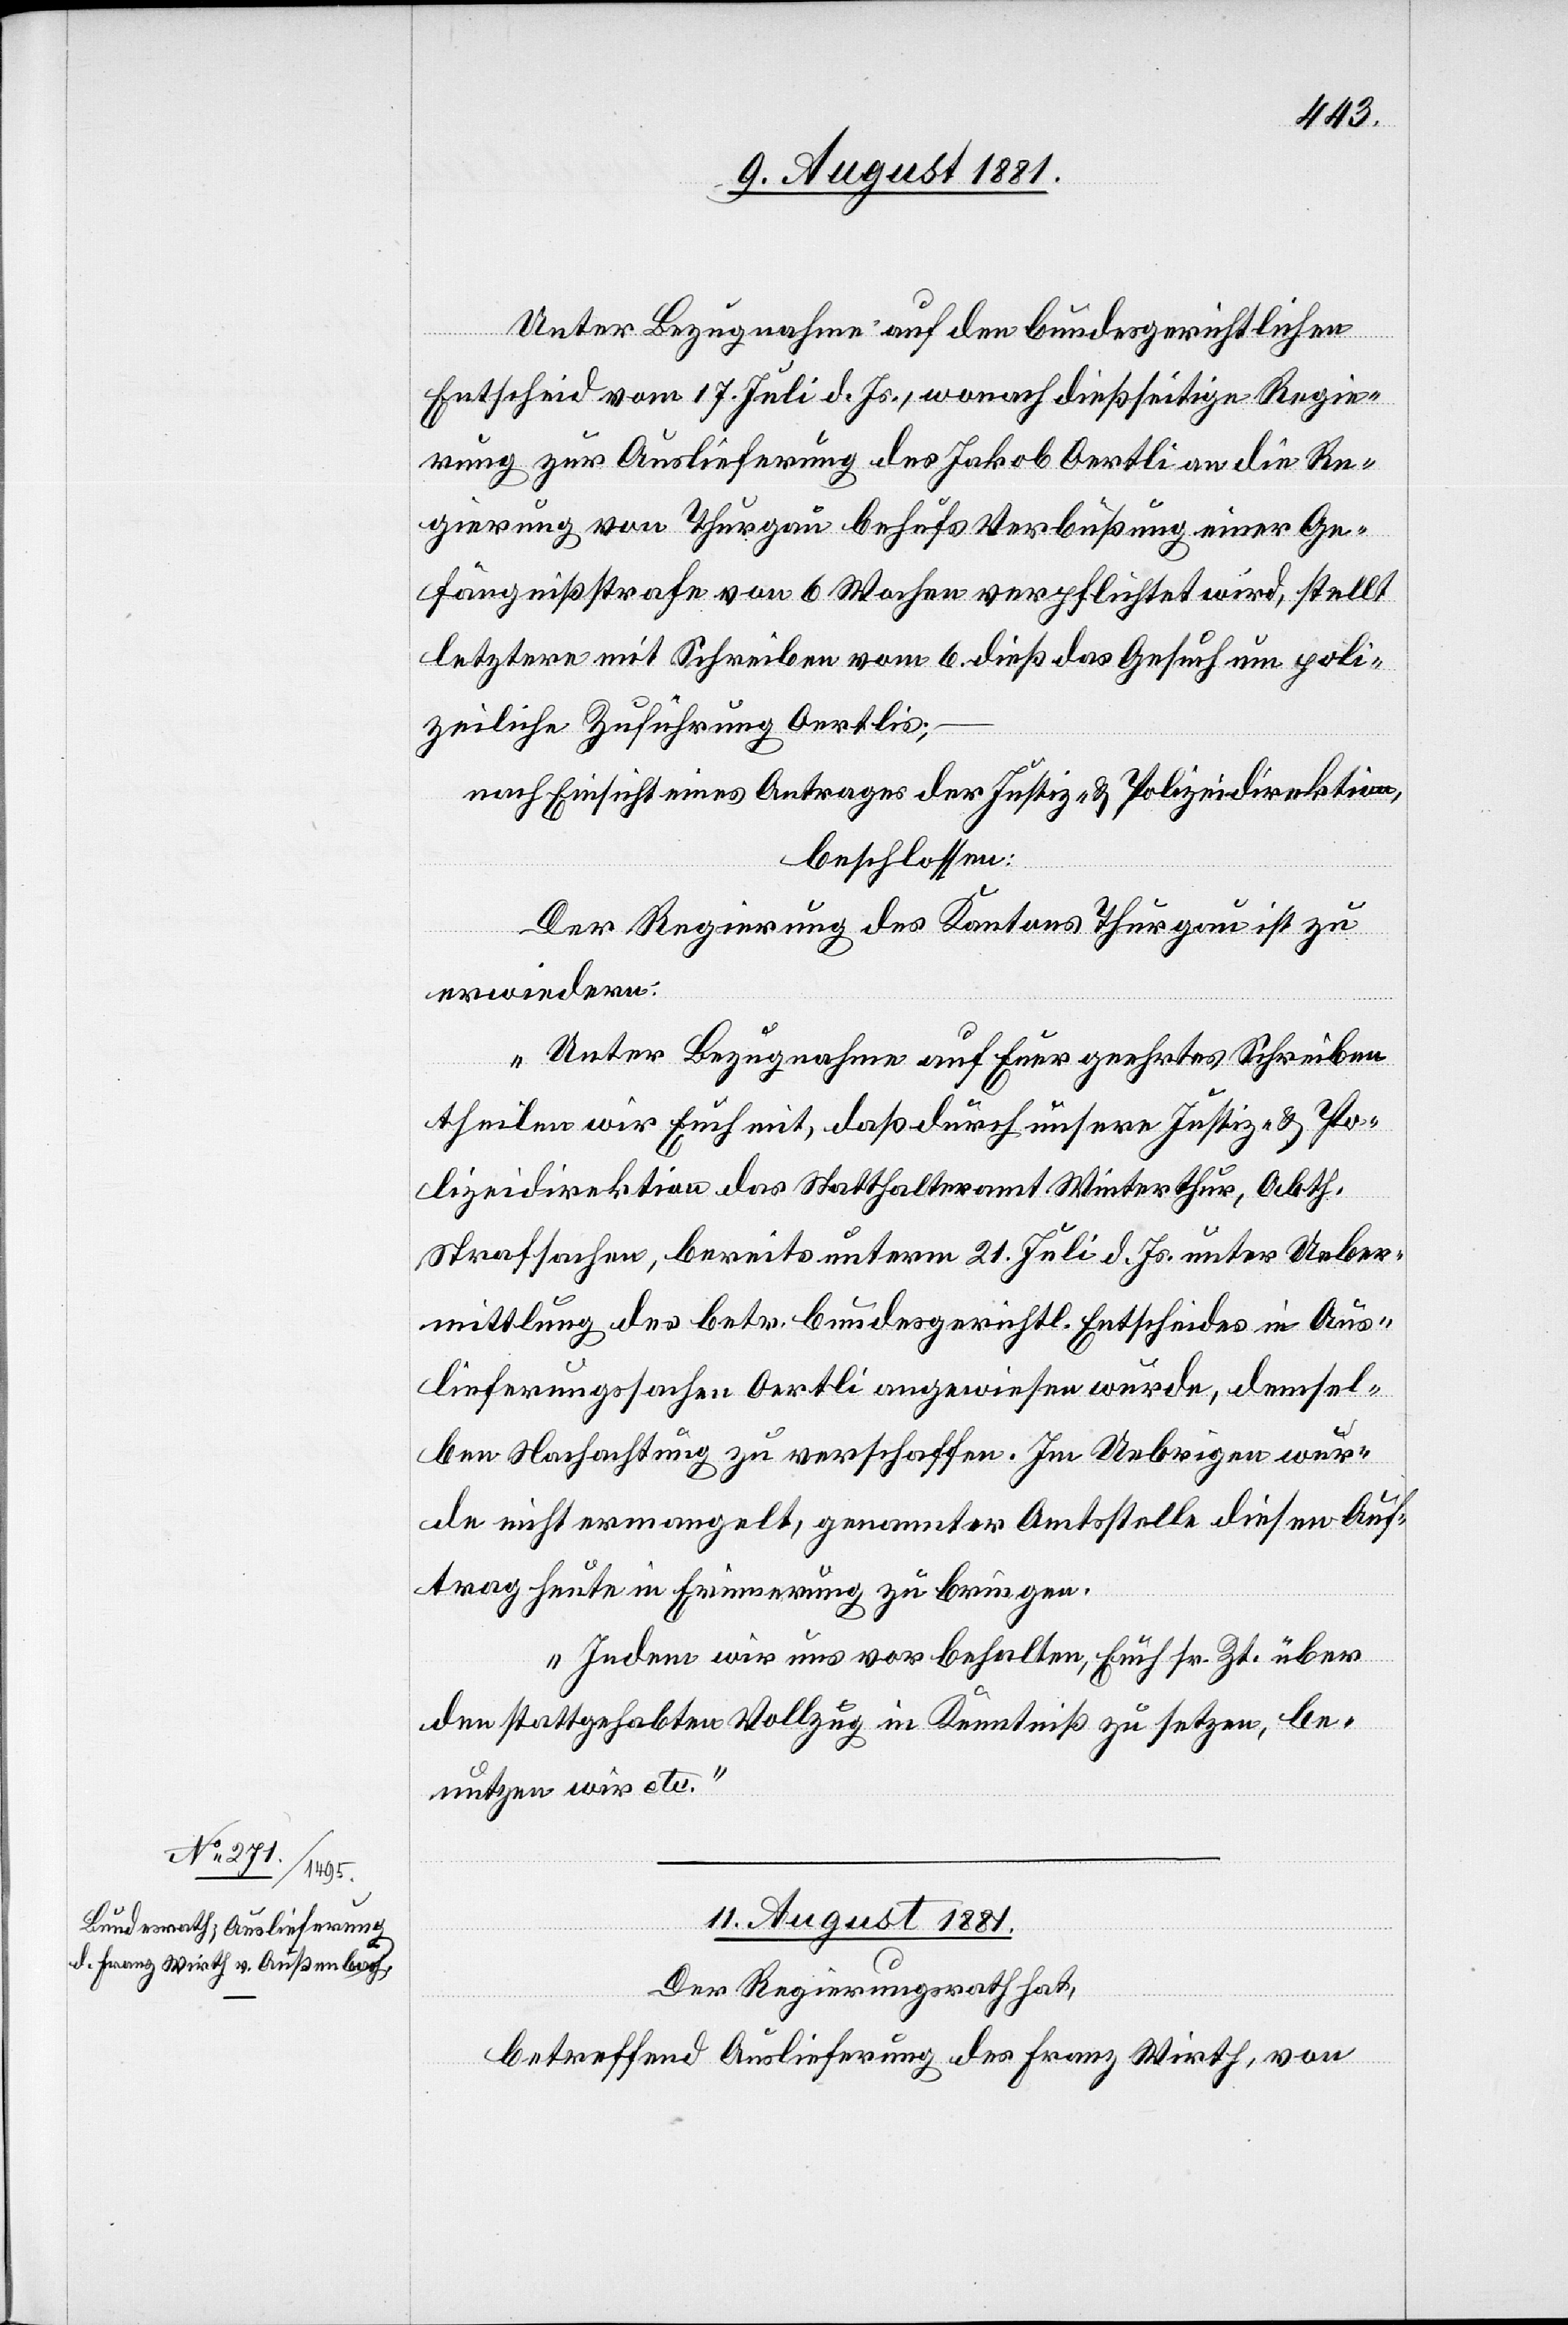
Unter Bezugnahme auf den bundesgerichtlichen
Entscheid vom 17. Juli d. Js., wonach dießseitige Regie¬
rung zur Auslieferung des Jakob Oertli an die Re¬
gierung von Thurgau behufs Verbußung einer Ge¬
fängnißstrafe von 6 Wochen verpflichtet wird, stellt
letztere mit Schreiben vom 6. dieß das Gesuch um poli¬
zeiliche Zuführung Oertlis;
nach Einsicht eines Antrages der Justiz- & Polizeidirektion,
beschlossen:
Der Regierung des Kantons Thurgau ist zu
erwiedern:
„Unter Bezugnahme auf Euer geehrtes Schreiben
theilen wir Euch mit, daß durch unsere Justiz- & Po¬
lizeidirektion das Statthalteramt Winterthur, Abth.
Strafsachen, bereits unterm 21. Juli d. Js. unter Ueber¬
mittlung des betr. bundesgerichtl. Entscheides in Aus¬
lieferungssachen Oertli angewiesen wurde, demsel¬
ben Nachachtung zu verschaffen. Im Uebrigen wur¬
de nicht ermangelt, genannter Amtsstelle diesen Auf¬
trag heute in Erinnerung zu bringen.
Indem wir uns vorbehalten, Euch sr. Zt. über
den stattgehabten Vollzug in Kenntniß zu setzen, be¬
nutzen wir etc.“
11. August 1881.
Der Regierungsrath hat,
betreffend Auslieferung des Franz Wirth, von